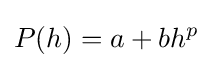
P(h)=a+bh^{p}